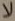
لا